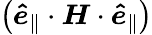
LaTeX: \left(\boldsymbol{\hat{e}}_{\parallel}\cdot\boldsymbol{H}\cdot\boldsymbol{\hat{e}}_{\parallel}\right)